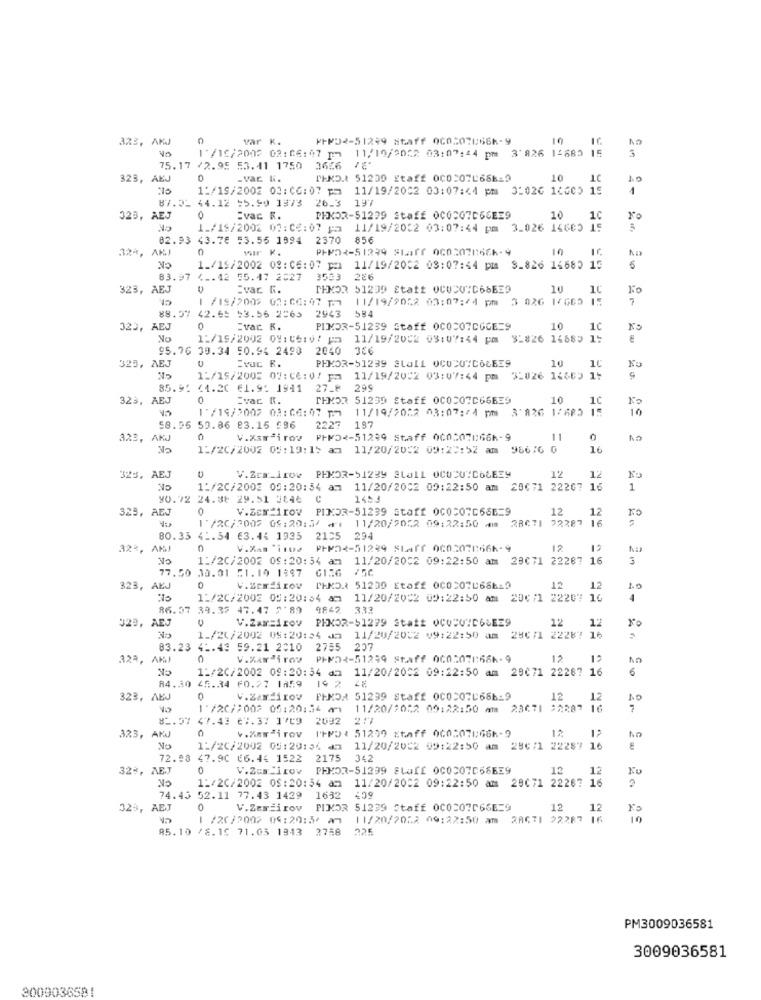
323, AKJ
0
var K.
⑈+32-51299 8taff 060507866-9
10
3
1/16/2002 02: 06: 07 pm 11/19/2052 03:07:44 pm 3'826 14683 15
75.17 /2.95 53.41 1750 3666 7
323, AEJ
0
-var. W.
TEND.1 51239 Staff 000207068619
10
LC
1:/19/2002 03:06: 07 pm 11/19/2002 03:07:44 pm 3:026 16605 15
4
87.31 44.12 55.90 1973 26.3 197
323, AEJ
0
Evac R.
PEKOR-51299 Staff 0COCO7D66EE9
10
1C
1_/19/2002 03:06:07 pa
11/19/2032 03:07:44 pm 3.026 14605 15
82.93 43.78 53.56 1994
2370
85€
32ª, AKJ
0
Mr K.
10
1./15/2002 08:06: 07 pm 11/19/2002 03:07:44 pm S.826 16680 15
83.97 4.
4 .. 42 55.47 2027
3533
286
323, AEJ
Evar G.
MEMOR 51239 Staff OCOCUID68E39
Ko
1 /19/200> 00:06:07 1.
11/19/9052 03:07:44 pm
3 026 17665 15
7
2943
584
88.57
42.65 53.56 2563
323,
AEJ
0
Evac K.
PIMDR-51239 Staff OCOCO7CGCE=9
10
1C
Ko
1:/19/2002 09: 06:v/ pm 11/19/2082 09:07:44 pm 31826 14685 15
95.76 39.34 50.94 2490
2040 366
325, AEJ
PHKOR-51239 Stal1 0C020"COLE39
10
10
1:/15/2005 07: 06: 0/ pa 11/19/2002 03:07:44 pm
32026 14665 1:
85.91 41.20 €1.9: 1941 27.8
299
, AEJ
Evac R.
THMOR 51239 Staff 0COCO7C66639
10
10
1'/19/2002 03:06: 07 pm 11/19/2022 03:07:44 pm 3'826 1/885 15
10
58.95 59.86 83.15 996
2227 197
197
323, AKJ
0
V.Xamirov PHP52-51299 Staff 000507066-9
11
0
1:/20/2002 09:19:15 am 11/20/2022 09:27:52 am
986/6 0
16
325, AEJ
V.Zca.1row PHKOR-51239 SLa11 OCUCUICOLEE9
12
12
1:/2C/2002 09:20:54 am 11/20/2002 09:22:50 am 20071 22267 16
1
90.72 24.88 29.51 3046
C
1453
325, AEJ
0
V.Zex 1rov PINDR-51239 staff OCOCO7C666=9
12
12
C/2007 05:20:3/ 4: 11/20/2052 09:22:50 mm 28671 22287 16
1 /20/2002 05:20:5/ ₫1
80.33
41.34 €3.44 1935
2105 294
32%, AMJ
n
V.8Am1102 PPPD2-51299 Staff 0002071666-9
12
12
1:/20/2002 09:20:34 am
11/20/2032 09:22:50 am 28071 22287 16
3
77.50 30.01 51.19 1897
CING
323, AEJ
0
PHKD. 51239 Etaff 0003070666-9
12
12
1.0
11/20/2002 00:20:54 am
11/20/2002 09:22:50 am 20¢/1 22207 16
4
86.57 39.37 47.47 2:89
C
9842 332
329, AEJ
V.Zarsirov PEKOR-51279 Statt OCOD47C66EE9
12
12
xo
1_/20/2002 05:20:54 32 11/20/2032 09:22:50 am 280/1 22287 16
83.23 41.43 59.21 2010 2755 207
323, AKJ
0
V.Kardirou PPMDt-51299 Staff 060:07866k-9
12
12
11/20/2002 09:20:34 da
11/20/2002 09:22:50 am 29071 22287 1
6
84.30 45.34 F0.27 1859 19 2 48
323, AEJ
0
V.Za Hirov
FENDA 51299 Staff 0COCO7686-9
12
12
1 /20/:002 05:20:54 am 11/20/2022 09:22:50 am 23071 92287 16
1 /20/:002 05:20:54 am
81.57 47.43 67.37 1709 2092
323, AKJ
V.Kadirov IFMD: 51299 Etaff 0005078666-9
12
No
1:/20/2002 05:20:54 42 11/20/2052 09:22:50 am 256/1 22287 16
72.98 47.90 €6.44 1522 2175 342
32%, AE.J
0
V.Zes:irov PHX53-51299 SLaIf OC0307066EE9
12
12
1:/20/2002 0S:20:54 am 11/20/2002 09:22:50 am 29071 22267 16
74.45 52.11 77.43 1429 1632
323, AEJ
0
V.Zemiirov PUKOR 51239 Staff 0C0207066E=9
12
12
1 /20/2002 04:20:5/ 27
11/20/20:2 09:22:50 am 2RG71 22287
10
85.10 /8.19 71.05 1943 3758
975
PM3009036581
3009036581
3009036591